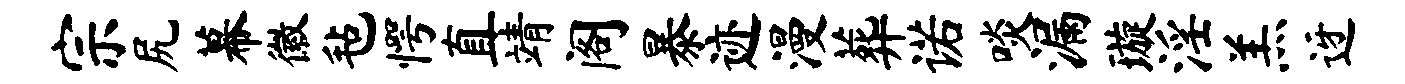
宗尻幕徽毡愕直靖阁暴迹漫葬诺啖漏璇淫羔迓